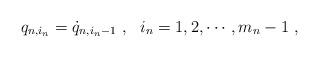
LaTeX: \begin{align*}q_{n,i_n}=\dot{q}_{n,i_n-1}\ ,\ \ i_n=1,2,\cdots,m_n-1\ ,\end{align*}